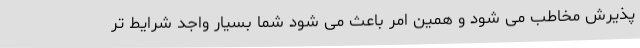
پذیرش مخاطب می شود و همین امر باعث می شود شما بسیار واجد شرایط تر